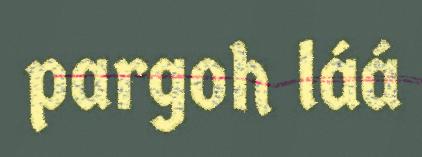
pargoh láá